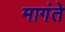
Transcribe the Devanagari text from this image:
मागंते